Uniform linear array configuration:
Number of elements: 24
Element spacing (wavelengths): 0.75
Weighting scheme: uniform
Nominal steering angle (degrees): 15
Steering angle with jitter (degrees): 15.049
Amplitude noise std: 0.05
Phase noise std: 0.05

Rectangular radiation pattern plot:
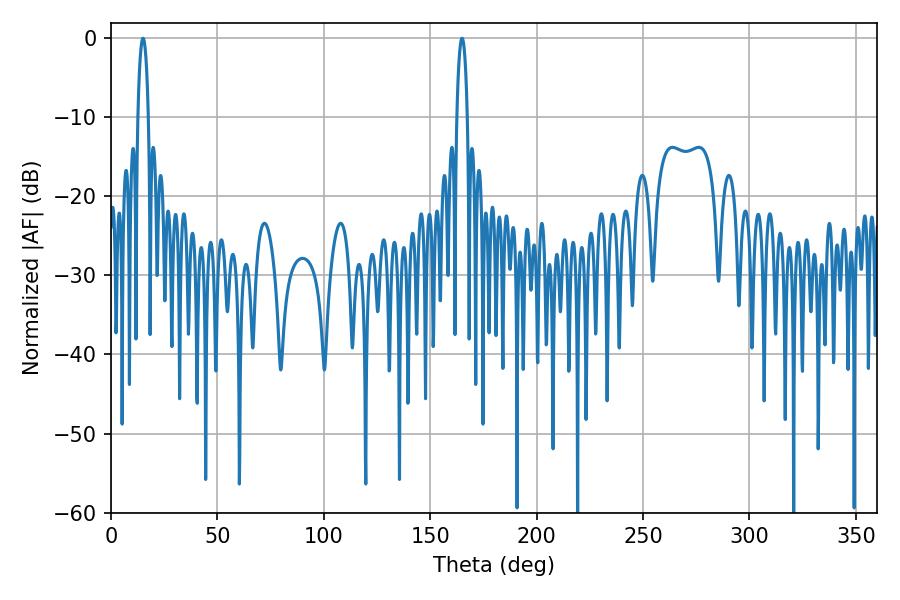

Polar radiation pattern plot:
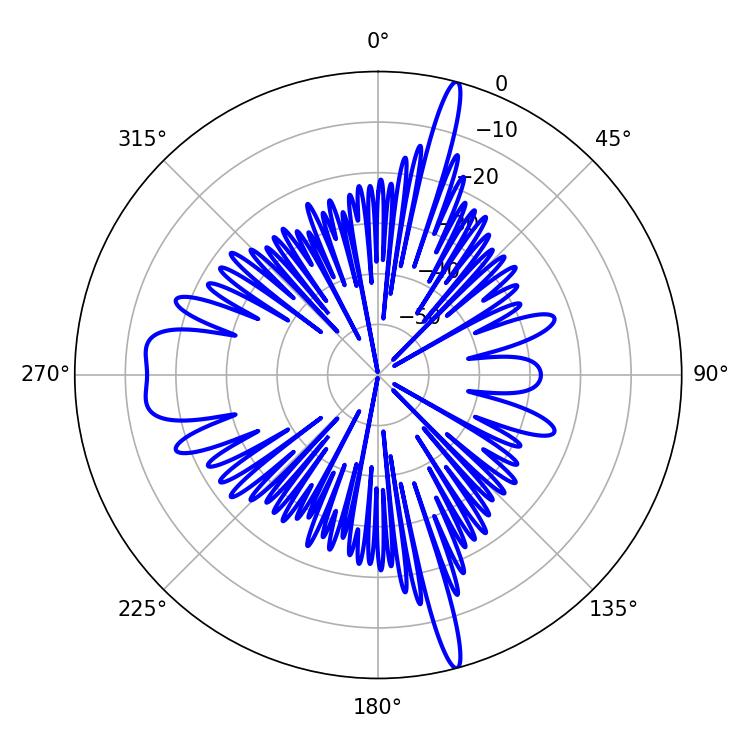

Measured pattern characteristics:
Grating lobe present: TRUE
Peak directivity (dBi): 22.849
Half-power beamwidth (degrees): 2.7
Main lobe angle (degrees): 15.12